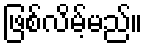
ဖြစ်လိမ့်မည်။